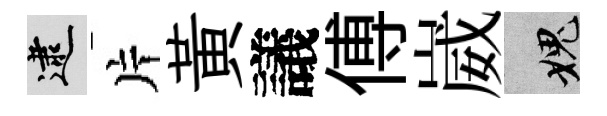
逮片黃議傅崴愧